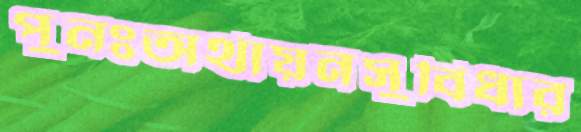
পুনঃঅর্থায়নসুবিধার